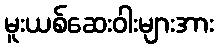
မူးယစ်ဆေးဝါးများအား